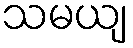
သမယျ